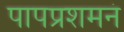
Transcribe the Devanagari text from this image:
पापप्रशमनं